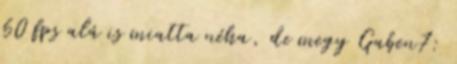
60 fps alá is miatta néha, de megy Gaben7: